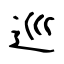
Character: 巡